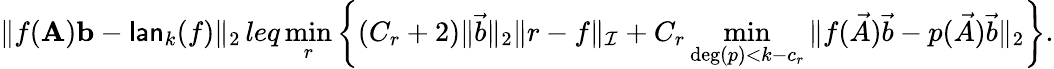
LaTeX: \| f(\mathbf{A})\mathbf{b}-\mathsf{lan}_{k}(f)\| _{2}\, leq\operatorname*{min}_{r}\left\{ (C_{r}+2)\| \vec{b}\| _{2}\| r-f\| _{\mathcal I}+C_{r}\operatorname*{min}_{\deg(p)<k-c_{r}}\| f(\vec{A})\vec{b}-p(\vec{A})\vec{b}\| _{2}\right\} .